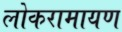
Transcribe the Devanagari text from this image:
लोकरामायण